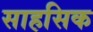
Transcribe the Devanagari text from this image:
साहसिक